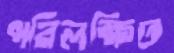
পরিলক্ষিত